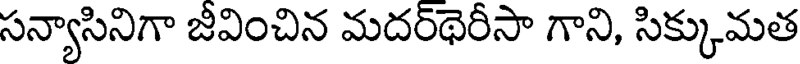
సన్యాసినిగా జీవించిన మదర్థెరీసా గాని, సిక్కుమత